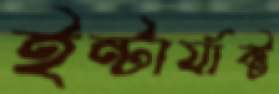
ইন্টার্যাক্ট